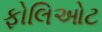
ફોલિઓટ